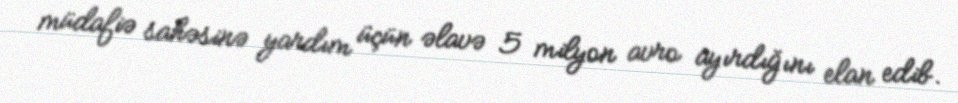
müdafiə sahəsinə yardım üçün əlavə 5 milyon avro ayırdığını elan edib.